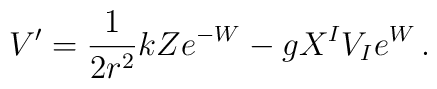
V' = \frac{1}{2r^2} kZ e^{-W} - g X^I V_I e^W\,.